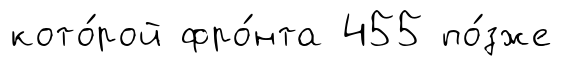
кото́рой фро́нта 455 по́зже